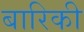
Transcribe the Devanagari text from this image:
बारिकी